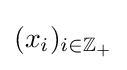
(x_{i})_{i\in \mathbb {Z} _{+}}